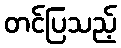
တင်ပြသည့်